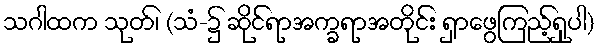
သဂါထက သုတ်၊ (သံ-၌ ဆိုင်ရာအက္ခရာအတိုင်း ရှာဖွေကြည့်ရှုပါ)